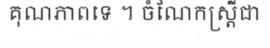
គុណភាពទេ ។ ចំណែកស្ត្រីជា